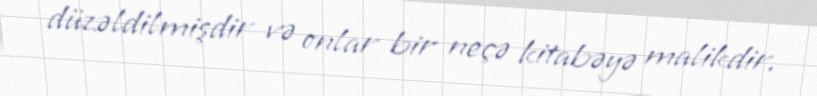
düzəldilmişdir və onlar bir neçə kitabəyə malikdir.